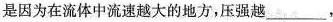
是因为在流体中流速越大的地方，压强越___，